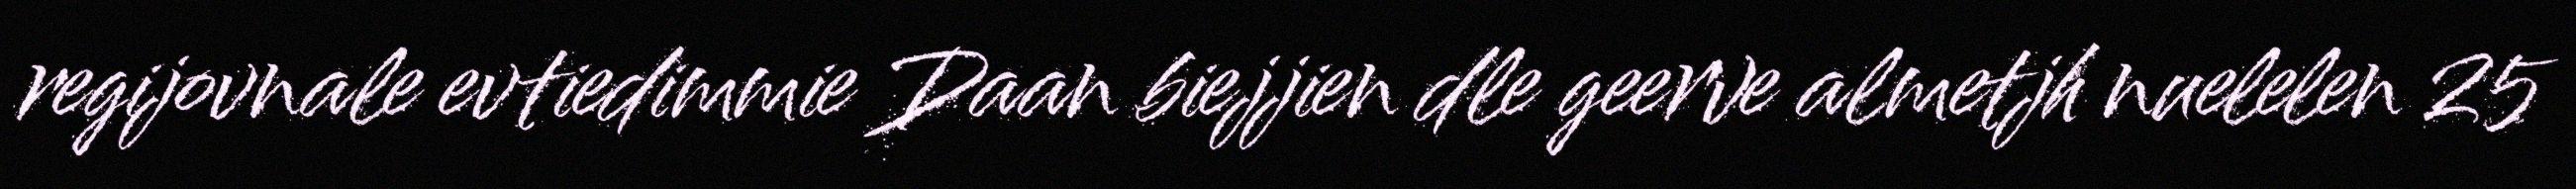
regijovnale evtiedimmie Daan biejjien dle geerve almetjh nuelelen 25